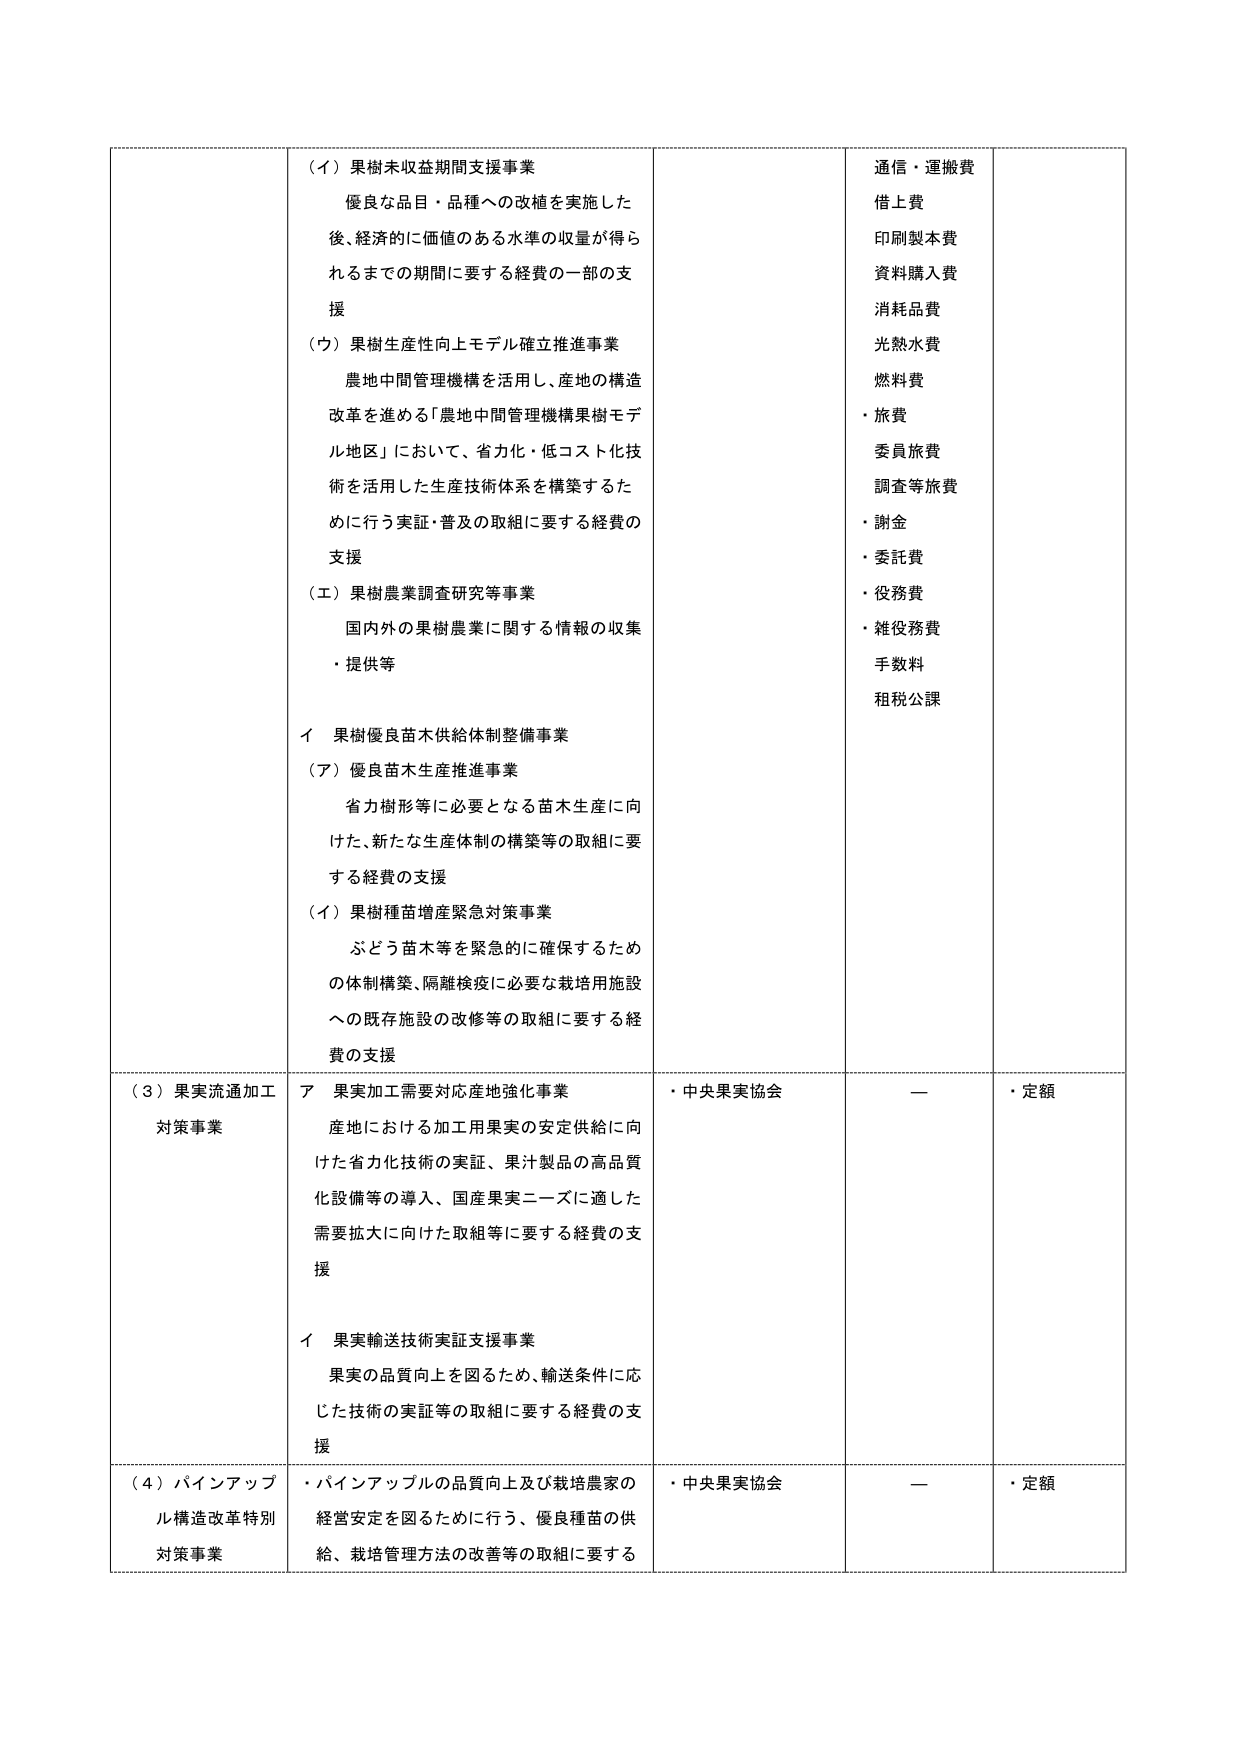
（イ）果樹未収益期間支援事業
優良な品目・品種への改植を実施した
後、経済的に価値のある水準の収量が得ら
れるまでの期間に要する経費の一部の支
援

（ウ）果樹生産性向上モデル確立推進事業
農地中間管理機構を活用し、産地の構造
改革を進める「農地中間管理機構果樹モデ
ル地区」において、省力化・低コスト化技
術を活用した生産技術体系を構築するた
めに行う実証・普及の取組に要する経費の
支援

（エ）果樹農業調査研究等事業
国内外の果樹農業に関する情報の収集
・提供等

イ 果樹優良苗木供給体制整備事業
（ア）優良苗木生産推進事業
省力樹形等に必要となる苗木生産に向
けた、新たな生産体制の構築等の取組に要
する経費の支援

（イ）果樹種苗増産緊急対策事業
ぶどう苗木等を緊急的に確保するため
の体制構築、隔離検疫に必要な栽培用施設
への既存施設の改修等の取組に要する経
費の支援

（３）果実流通加工
対策事業
ア 果実加工需要対応産地強化事業
産地における加工用果実の安定供給に向
けた省力化技術の実証、果汁製品の高品質
化設備等の導入、国産果実ニーズに適した
需要拡大に向けた取組等に要する経費の支
援

イ 果実輸送技術実証支援事業
果実の品質向上を図るため、輸送条件に応
じた技術の実証等の取組に要する経費の支
援

（４）パインアップ
ル構造改革特別
対策事業
・パインアップルの品質向上及び栽培農家の
経営安定を図るために行う、優良種苗の供
給、栽培管理方法の改善等の取組に要する

通信・運搬費
借上費
印刷製本費
資料購入費
消耗品費
光熱水費
燃料費
・旅費
委員旅費
調査等旅費
・謝金
・委託費
・役務費
・雑役務費
手数料
租税公課

・中央果実協会
ー
・定額

・中央果実協会
ー
・定額